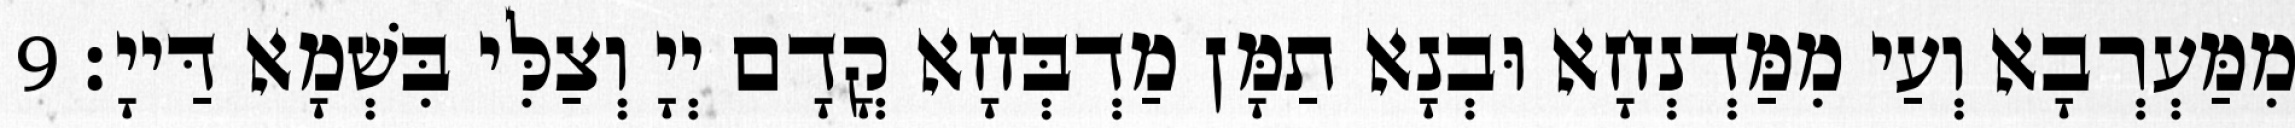
מִמַּעְרְבָא וְעַי מִמַּדְנְחָא וּבְנָא תַמָּן מַדְבְּחָא קֳדָם יְיָ וְצַלִּי בִּשְׁמָא דַּייָ׃ 9